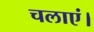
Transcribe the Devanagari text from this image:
चलाएं।